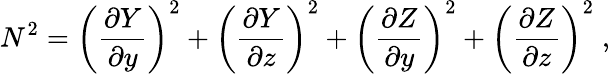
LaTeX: N^{2}=\left(\frac{\partial Y}{\partial y}\right)^{2}+\left(\frac{\partial Y}{\partial z}\right)^{2}+\left(\frac{\partial Z}{\partial y}\right)^{2}+\left(\frac{\partial Z}{\partial z}\right)^{2}\; ,